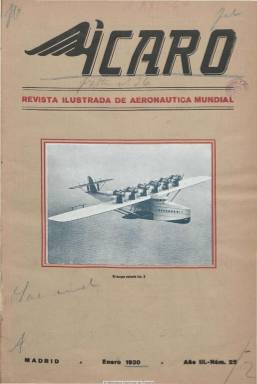
Título: Ícaro (Madrid)
Colección: Aviación
Ámbito geográfico: Madrid
Lugar de publicación: Madrid
Fechas: 01/01/1930-31/12/1932

Revista ilustrada de aeronáutica mundial, tal como indica su subtítulo, debió comenzar a publicarse en 1928 para dedicarse al mundo de la aviación en sus aspectos técnico, industrial y comercial, organizativo y normativo, que en esos momentos vive un momento de gran desarrollo. Su propietario y director es Francisco Savanay, un empresario de accesorios para la aviación que tenía su negocio instalado en el aeropuerto de Barajas (Madrid), y aunque la publicación fue una obra personal, incluyó un boletín informativo de la Concesionaria de Líneas Aéreas Subvencionadas, S.A. (CLASSA) y de la posterior empresa Líneas Áreas Españolas que, en 1937, se convertirá en la compañía estatal española Iberia. Incluye artículos sobre ingeniería aeronáutica, las naves aéreas comerciales, sus materiales de construcción y los aeropuertos, como el de Barajas, que en ese momento están ya operando en Europa o ampliándose y proyectándose, aunque también dedica atención a la aviación militar y marítima, así como a las diferentes vueltas a Europa y España en avioneta, esta última organizada por la Federación Aeronáutica Española. También dedica páginas a la organización y a la legislación aeronáutica que en esos momentos vive un importante desarrollo, tanto a nivel nacional como internacional, publicando también información sobre la empresa Construcciones Aeronáuticas (CASA), así como estadísticas de tráfico aéreo. Tiene una sección de noticias, en las que da cuenta de los diferentes vuelos y los accidentes aéreos que en aquéllos años tenían cierta frecuencia. Inserta también publicidad comercial sobre el sector, como las rutas de la KLM holandesa. Los artículos incluyen un buen número de fotografías de aviones, aeropuertos y personajes relacionados con la aviación, así como aéreas, y los de carácter técnico, de dibujos. Su periodicidad era mensual, en entregas, generalmente de 28 páginas, y con cubierta. La colección de la Biblioteca Nacional de España no está completa. En agosto-septiembre de 1933 publicaba sus números 68-69.